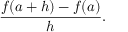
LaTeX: { \frac { f ( a + h ) - f ( a ) } { h } } .